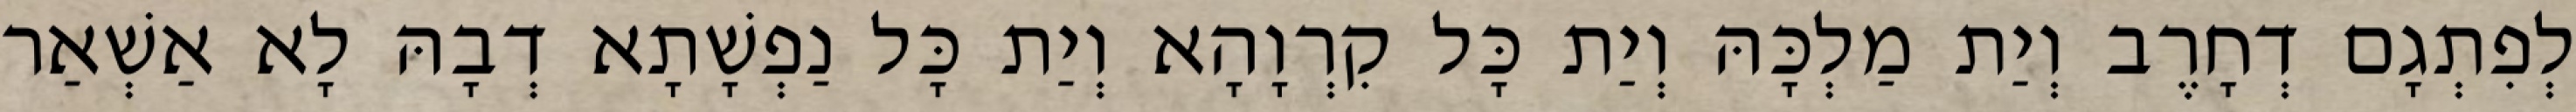
לְפִתְגָם דְחָרֶב וְיַת מַלְכָּהּ וְיַת כָּל קִרְוָהָא וְיַת כָּל נַפְשָׁתָא דְבָהּ לָא אַשְׁאַר